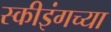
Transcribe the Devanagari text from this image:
स्कीइंगच्या